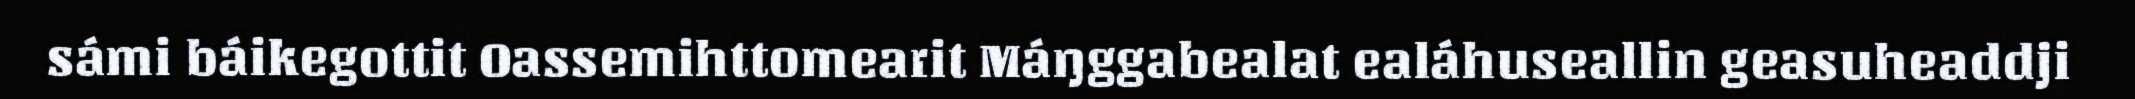
sámi báikegottit Oassemihttomearit Máŋggabealat ealáhuseallin geasuheaddji